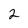
Character: 2